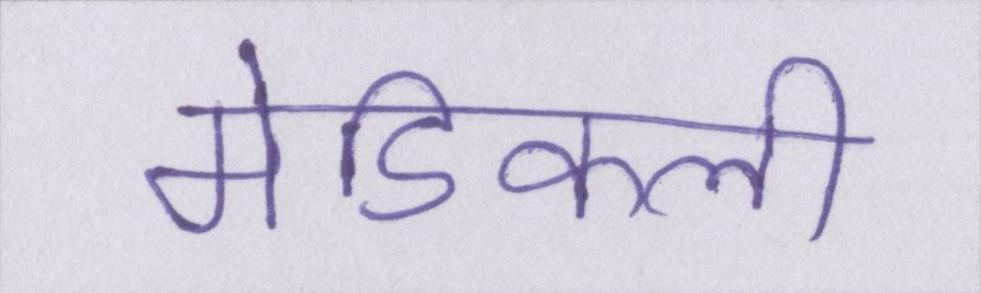
मेडिकली